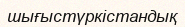
шығыстүркістандық